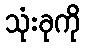
သုံးခုကို